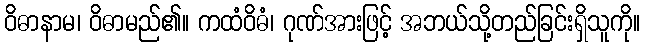
ဝိဓာနာမ၊ ဝိဓာမည်၏။ ကထံဝိဓံ၊ ဂုဏ်အားဖြင့် အဘယ်သို့တည်ခြင်းရှိသူကို။